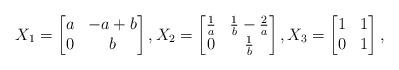
LaTeX: \begin{align*}X_1=\begin{bmatrix} a & -a+b \\ 0 & b\end{bmatrix}, X_2 = \begin{bmatrix} \frac{1}{a} & \frac{1}{b}-\frac{2}{a} \\ 0 & \frac{1}{b}\end{bmatrix}, X_3=\begin{bmatrix}1&1\\0&1\end{bmatrix},\end{align*}